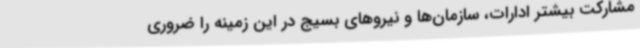
مشارکت بیشتر ادارات، سازمان‌ها و نیروهای بسیج در این زمینه را ضروری